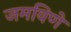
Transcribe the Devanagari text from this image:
जमविणे